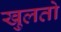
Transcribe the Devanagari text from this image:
खुलतो